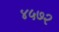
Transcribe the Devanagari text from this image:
४५७२